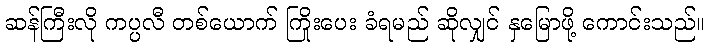
ဆန်ကြီးလို ကပ္ပလီ တစ်ယောက် ကြိုးပေး ခံရမည် ဆိုလျှင် နှမြောဖို့ ကောင်းသည်။